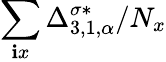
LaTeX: \sum_{\mathbf{i}x}\Delta_{3,1,\alpha}^{\sigma*}/N_{x}